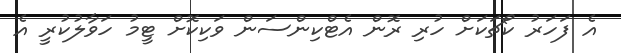
އެ ފަހަރު ކޯޗަކަށް ހުރި ރޮން އެޓްކިންސަން ވަކިކޮށް ޓީމު ހަވާލުކުރީ އެ